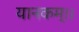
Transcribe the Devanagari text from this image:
यानकम्।।